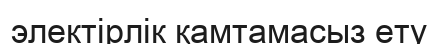
электірлік қамтамасыз ету